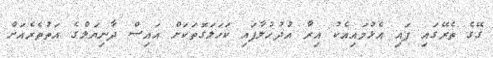
ގޭގެ ތެރޭގައި ފައި އެޅުމައިއެކު އިރާ އުދުހުލާފައި ކަހަލަގޮތަކަށް އައިސް ދާނިޔަލްގެ އަތުތެރެއަށް